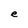
Character: e